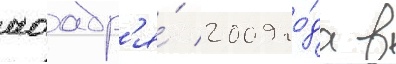
ноабр'я́ 2009 го́да в